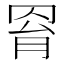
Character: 𦊰